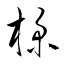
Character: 樸